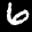
Label: 6